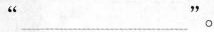
“___”。